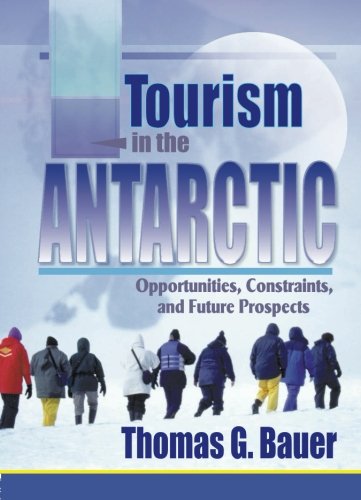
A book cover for Tourism in the Antarctic: Opportunities, Constraints, and Future Prospects; Thomas G. Bauer; Travel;